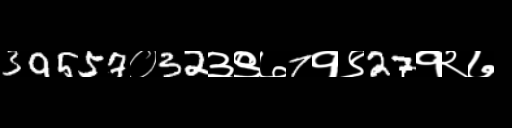
Text: 39557०32३९७7१९27१२७